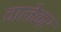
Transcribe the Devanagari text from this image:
वालेकर